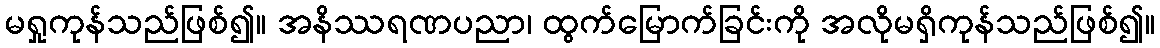
မရှုကုန်သည်ဖြစ်၍။ အနိဿရဏပညာ၊ ထွက်မြောက်ခြင်းကို အလိုမရှိကုန်သည်ဖြစ်၍။